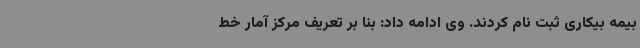
بیمه بیکاری ثبت نام کردند. وی ادامه داد: بنا بر تعریف مرکز آمار خط